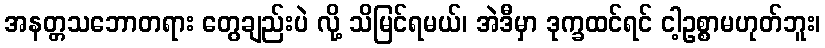
အနတ္တသဘောတရား တွေချည်းပဲ လို့ သိမြင်ရမယ်၊ အဲဒီမှာ ဒုက္ခထင်ရင် ငါ့ဥစ္စာမဟုတ်ဘူး၊